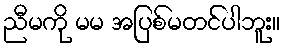
ညီမကို မမ အပြစ်မတင်ပါဘူး။